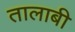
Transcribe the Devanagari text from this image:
तालाबी